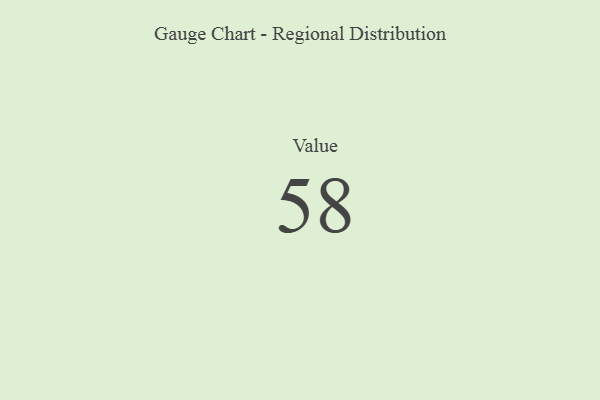
{"axis": {"x": "Metric", "y": "Value"}, "legend": [""], "data": [{"x": "Value", "y": 58, "type": ""}]}